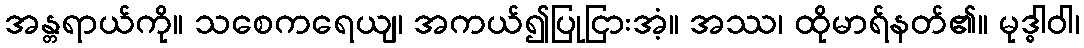
အန္တရာယ်ကို။ သစေကရေယျ၊ အကယ်၍ပြုငြားအံ့။ အဿ၊ ထိုမာရ်နတ်၏။ မုဒ္ဓါဝါ၊